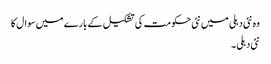
وہ نئی دہلی میں نئی حکومت کی تشکیل کے بارے میں سوال کا
نئی دہلی ۔